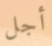
أجل